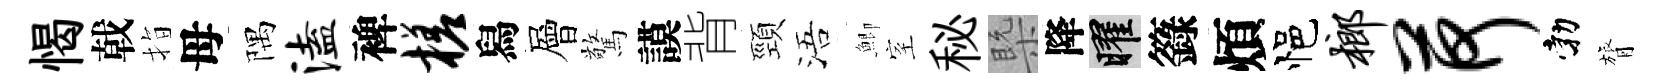
愒戟指母隅溘裨槎舄層驚謨背頸浯鯽室秘槩降曜籙煩悒榔荷勃膂